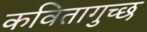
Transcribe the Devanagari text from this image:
कवितागुच्छ